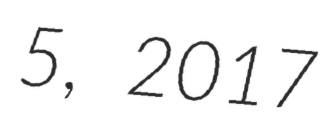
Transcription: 5, 2017